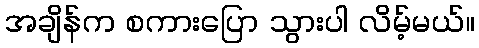
အချိန်က စကားပြော သွားပါ လိမ့်မယ်။